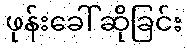
ဖုန်းခေါ်ဆိုခြင်း